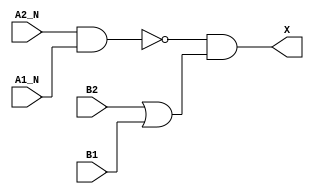
module sky130_fd_sc_hd__o2bb2a_4 (
    X   ,
    A1_N,
    A2_N,
    B1  ,
    B2
);
    output X   ;
    input  A1_N;
    input  A2_N;
    input  B1  ;
    input  B2  ;
    wire nand0_out ;
    wire or0_out   ;
    wire and0_out_X;
    nand nand0 (nand0_out , A2_N, A1_N        );
    or   or0   (or0_out   , B2, B1            );
    and  and0  (and0_out_X, nand0_out, or0_out);
    buf  buf0  (X         , and0_out_X        );
endmodule